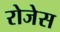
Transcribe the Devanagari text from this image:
रोजेस